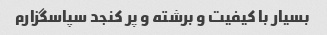
بسیار با کیفیت و برشته و پر کنجد سپاسگزارم